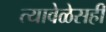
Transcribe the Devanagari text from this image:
त्यावेळेसही